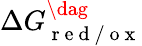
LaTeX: \Delta G_{\mathrm{~r~e~d~/~o~x~}}^{\dag}